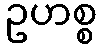
ဥဟစ္စ